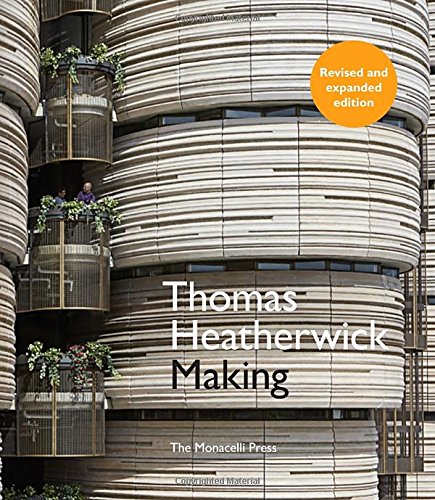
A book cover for Thomas Heatherwick: Making; Thomas Heatherwick; Arts & Photography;